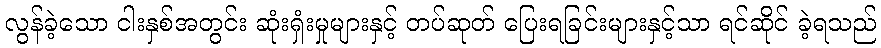
လွန်ခဲ့သော ငါးနှစ်အတွင်း ဆုံးရှံးမှုများနှင့် တပ်ဆုတ် ပြေးရခြင်းများနှင့်သာ ရင်ဆိုင် ခဲ့ရသည်